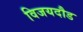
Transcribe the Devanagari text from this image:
विजयदौड